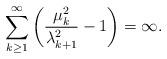
LaTeX: \begin{align*}\sum_{k\ge1}^\infty \left( \frac{\mu_k^2}{\lambda_{k+1}^2} -1 \right) =\infty .\end{align*}